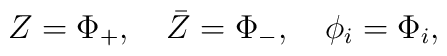
Z=\Phi_+,\quad\bar Z=\Phi_-,\quad\phi_i=\Phi_i,